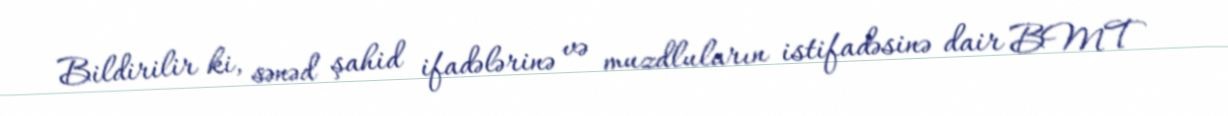
Bildirilir ki, sənəd şahid ifadələrinə və muzdluların istifadəsinə dair BMT